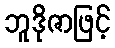
ဘူဒိုဇာဖြင့်